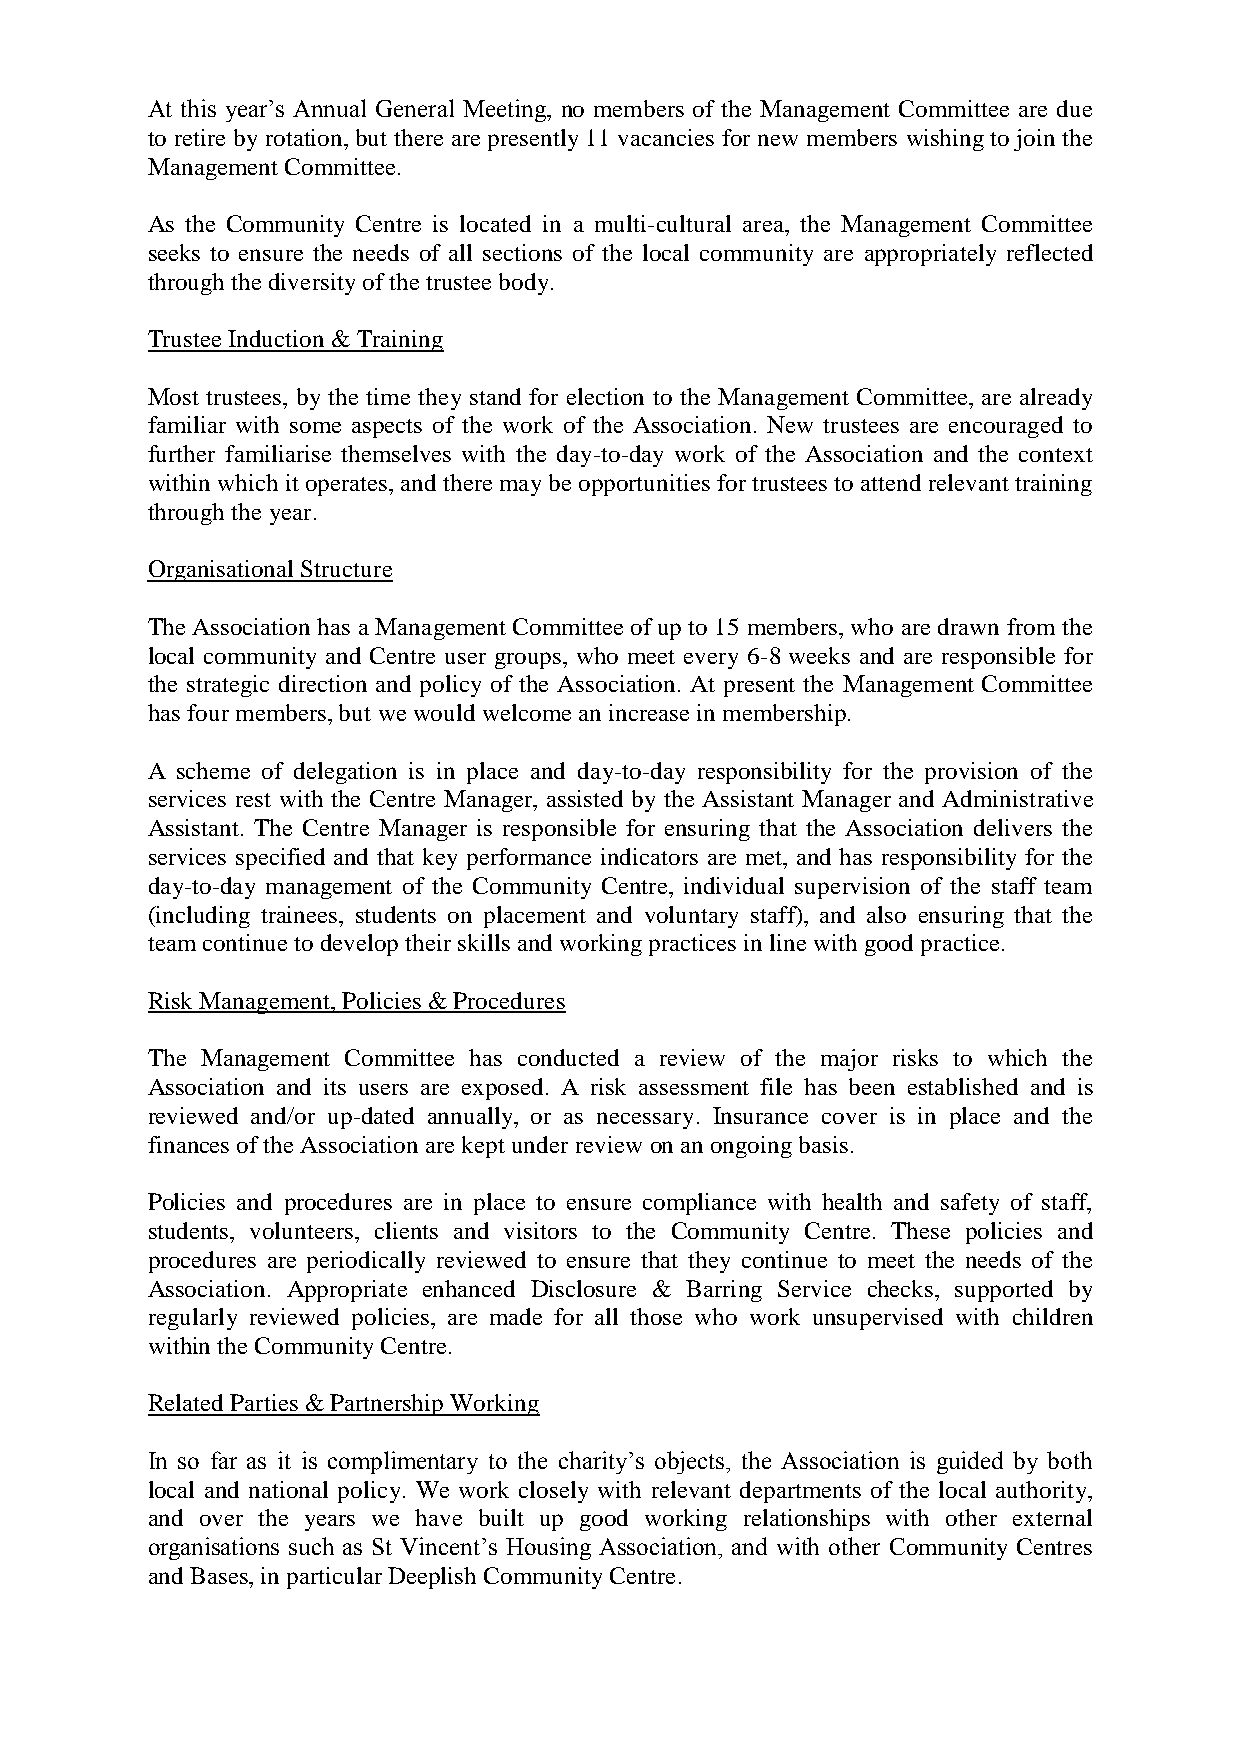
At this year’s Annual General Meeting, no members of the Management Committee are due
 to retire by rotation, but there are presently 11 vacancies for new members wishing to join the
 Management Committee.
 As the Community Centre is located in a multi-cultural area, the Management Committee
 seeks to ensure the needs of all sections of the local community are appropriately reflected
 through the diversity of the trustee body.
 Trustee Induction & Training
 Most trustees, by the time they stand for election to the Management Committee, are already
 familiar with some aspects of the work of the Association. New trustees are encouraged to
 further familiarise themselves with the day-to-day work of the Association and the context
 within which it operates, and there may be opportunities for trustees to attend relevant training
 through the year.
 Organisational Structure
 The Association has a Management Committee of up to 15 members, who are drawn from the
 local community and Centre user groups, who meet every 6-8 weeks and are responsible for
 the strategic direction and policy of the Association. At present the Management Committee
 has four members, but we would welcome an increase in membership.
 A scheme of delegation is in place and day-to-day responsibility for the provision of the
 services rest with the Centre Manager, assisted by the Assistant Manager and Administrative
 Assistant. The Centre Manager is responsible for ensuring that the Association delivers the
 services specified and that key performance indicators are met, and has responsibility for the
 day-to-day management of the Community Centre, individual supervision of the staff team
 (including trainees, students on placement and voluntary staff), and also ensuring that the
 team continue to develop their skills and working practices in line with good practice.
 Risk Management, Policies & Procedures
 The Management Committee has conducted a review of the major risks to which the
 Association and its users are exposed. A risk assessment file has been established and is
 reviewed and/or up-dated annually, or as necessary. Insurance cover is in place and the
 finances of the Association are kept under review on an ongoing basis.
 Policies and procedures are in place to ensure compliance with health and safety of staff,
 students, volunteers, clients and visitors to the Community Centre. These policies and
 procedures are periodically reviewed to ensure that they continue to meet the needs of the
 Association. Appropriate enhanced Disclosure & Barring Service checks, supported by
 regularly reviewed policies, are made for all those who work unsupervised with children
 within the Community Centre.
 Related Parties & Partnership Working
 In so far as it is complimentary to the charity’s objects, the Association is guided by both
 local and national policy. We work closely with relevant departments of the local authority,
 and over the years we have built up good working relationships with other external
 organisations such as St Vincent’s Housing Association, and with other Community Centres
 and Bases, in particular Deeplish Community Centre.